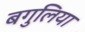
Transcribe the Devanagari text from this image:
बगुलिया